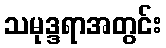
သမုဒ္ဒရာအတွင်း